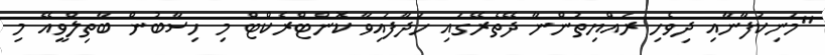
"މަނިކުފާނާއި ދިވެހި ރައްޔިތުންނާ ދޭތެރޭގައި ހަދާފައިވާ ކޮންޓްރެކްޓް މި ހިސާބުން ބާތިލްވީއޭ މި